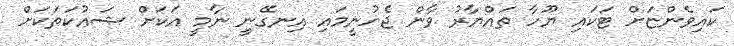
ކައިވެންޏަށް ޓަކައި ޔޫހާ ތައްޔާރު ވާން ޖެހުނީމައި އިނގޭނީ ނާމީ އަކަށް ޝައުކަތަކަށް